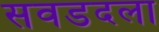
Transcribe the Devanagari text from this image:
सवडदला